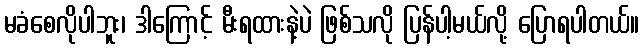
မခံစေလိုပါဘူး၊ ဒါကြောင့် မီးရထားနဲ့ပဲ ဖြစ်သလို ပြန်ပါ့မယ်လို့ ပြောရပါတယ်။